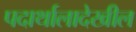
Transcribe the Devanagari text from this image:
पदार्थालादेखील